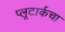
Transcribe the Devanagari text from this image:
प्लूटार्कचा